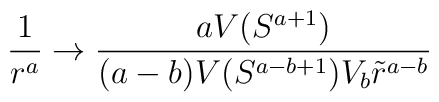
\frac{1}{r^a} \rightarrow \frac{a V(S^{a+1})}{(a-b)V(S^{a-b+1})V_b\tilde{r}^{a-b}}